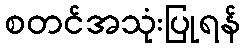
စတင်အသုံးပြုရန်